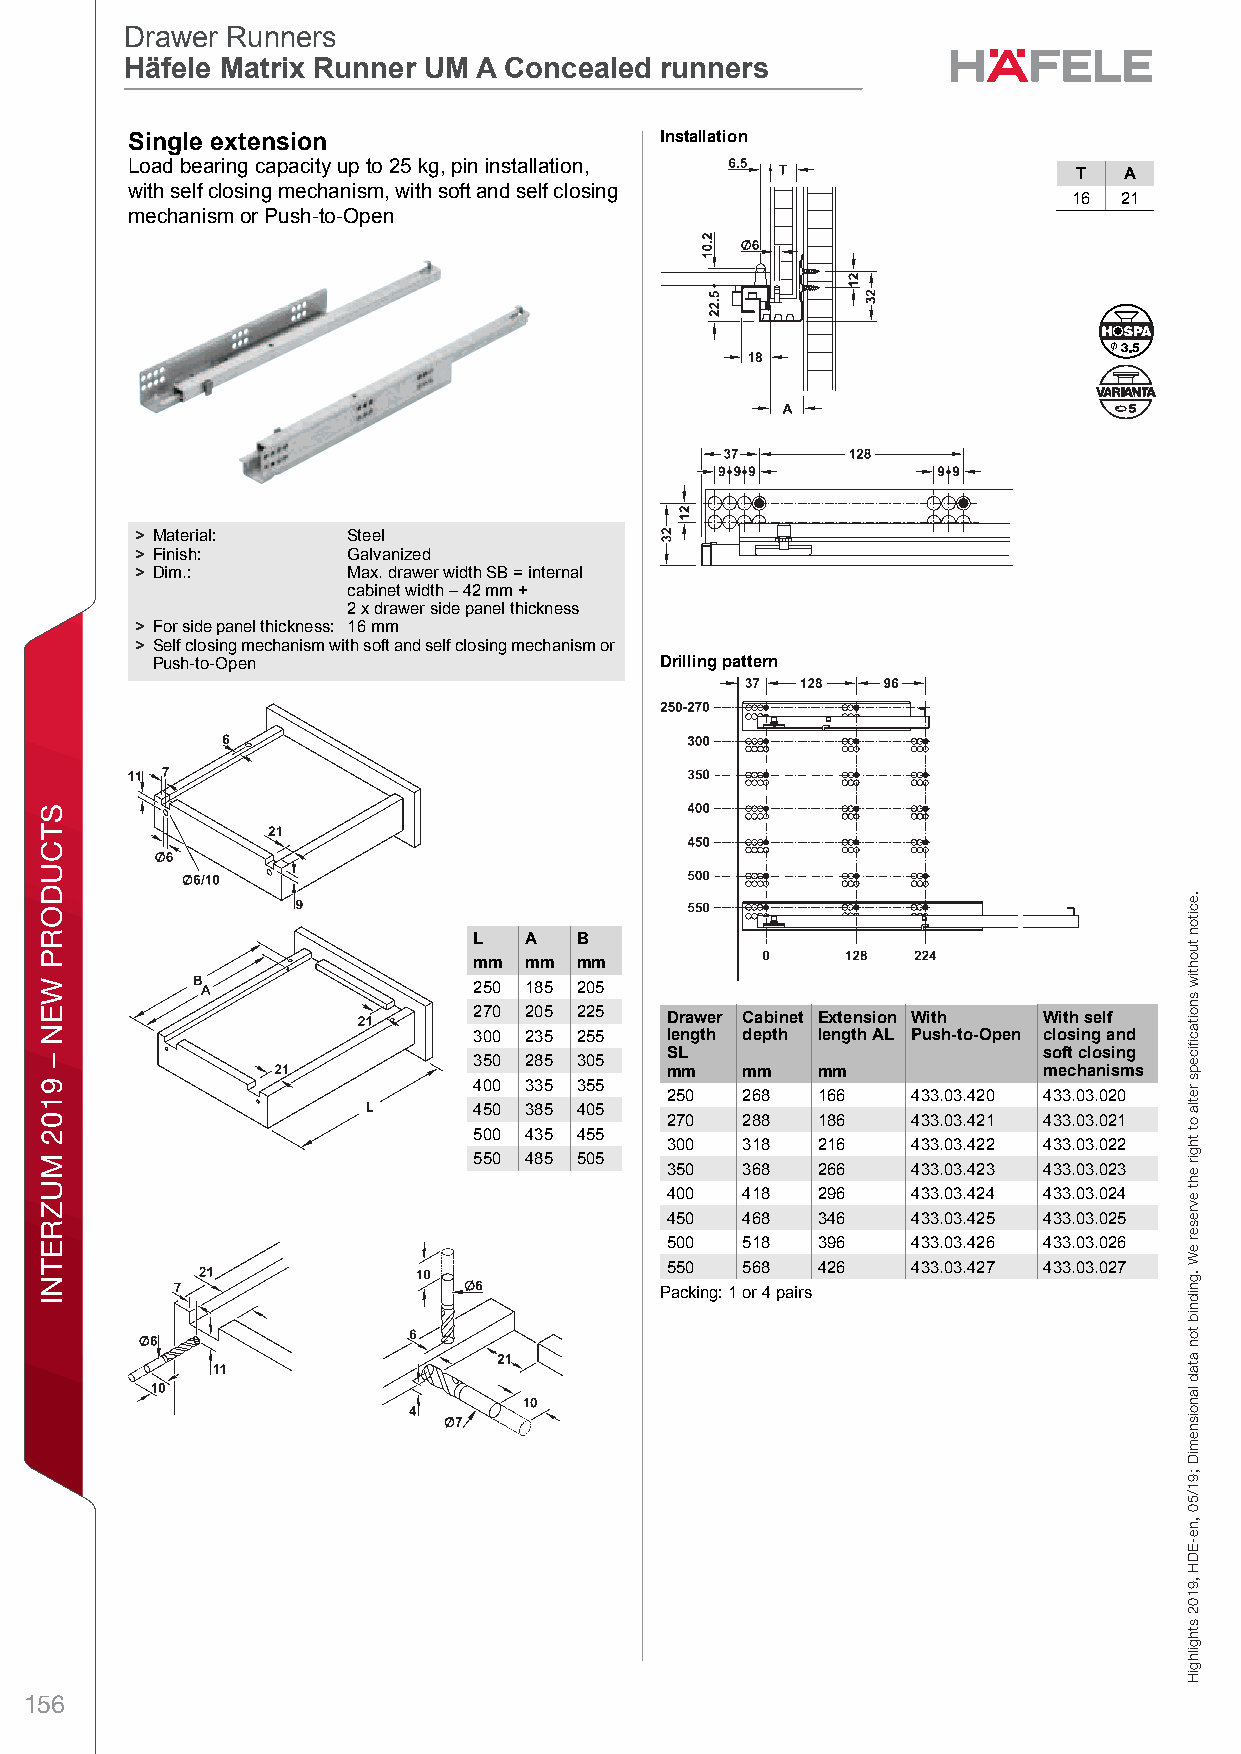
ff19_int_en_08_126.fm Page 126 Thursday, May 2, 2019 10:13 AM
 Drawer Runners
 Drawer Runners
 Häfele Matrix Runner UM A Concealed runners
 Häfele Matrix Runner UM A Concealed runners
 CSoncealeid RnunnersDgrawer RlunneersHäfe le Meatrix Ruxnner UtM A eConceanled runnsers – /i Plaonning annd Const ructionDimensional data not binding. We reserve the right to alter specifications without notice. Installation
 Load bearing capacity up to 25 kg, pin installation,
 T  A
 with self closing mechanism, with soft and self closing
 16 21
 mechanism or Push-to-Open
 > Material:   Steel
 > Finish:     Galvanized
 > Dim.:       Max. drawer width SB = internal
 cabinet width – 42 mm +
 2 x drawer side panel thickness
 > For side panel thickness: 16 mm
 > Self closing mechanism with soft and self closing mechanism or
 Push-to-Open                      Drilling pattern
 L   A  B
 mm  mm mm
 250 185 205
 8                           270 205 225  Drawer Cabinet Extension With With self
 300 235 255  length depth length AL Push-to-Open closing and
 SL                       soft closing 350 285 305
 mm   mm   mm             mechanisms
 400 335 355  250  268  166   433.03.420 433.03.020
 450 385 405
 270  288  186   433.03.421 433.03.021
 500 435 455  300  318  216   433.03.422 433.03.022
 550 485 505
 350  368  266   433.03.423 433.03.023
 400  418  296   433.03.424 433.03.024
 450  468  346   433.03.425 433.03.025
 500  518  396   433.03.426 433.03.026
 550  568  426   433.03.427 433.03.027
 Packing: 1 or 4 pairs
 156
 STCUDORP
 WEN
 –
 9102
 MUZRETNI
 srennuR
 delaecnoC
 .eciton
 tuohtiw
 snoitacfiiceps
 retla
 ot
 thgir
 eht
 evreser
 eW
 .gnidnib
 ton
 atad
 lanoisnemiD
 ;91/50
 ,ne-EDH
 ,9102
 sthgilhgiH